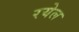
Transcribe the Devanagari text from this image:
रयेल